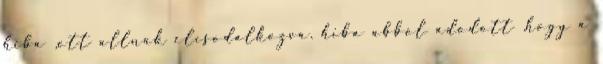
hiba ,ott allnak elcsodalkozva. hiba abbol adodott ,hogy a